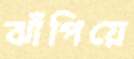
ঝাঁপিয়ে